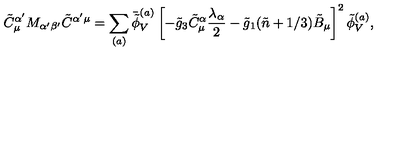
\tilde { C } _ { \mu } ^ { \alpha ^ { \prime } } M _ { \alpha ^ { \prime } \beta ^ { \prime } } \tilde { C } ^ { \alpha ^ { \prime } \mu } = \sum _ { ( a ) } \bar { \tilde { \phi } } _ { V } ^ { ( a ) } \left[ - \tilde { g } _ { 3 } \tilde { C } _ { \mu } ^ { \alpha } \frac { \lambda _ { \alpha } } { 2 } - \tilde { g } _ { 1 } ( \tilde { n } + 1 / 3 ) \tilde { B } _ { \mu } \right] ^ { 2 } \tilde { \phi } _ { V } ^ { ( a ) } ,